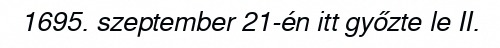
1695. szeptember 21-én itt győzte le II.